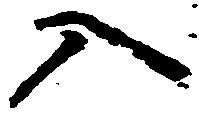
入